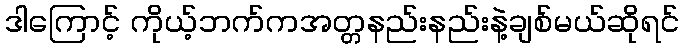
ဒါကြောင့် ကိုယ့်ဘက်ကအတ္တနည်းနည်းနဲ့ချစ်မယ်ဆိုရင်